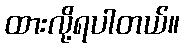
ထားလို့ရပါတယ်။